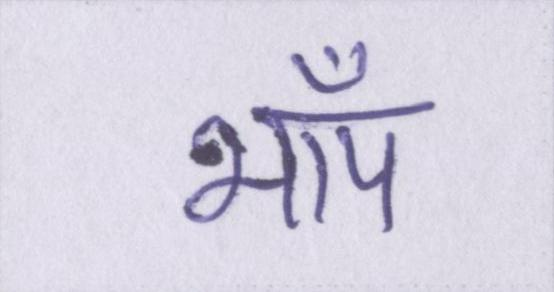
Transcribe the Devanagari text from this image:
भाँप